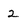
Character: 2